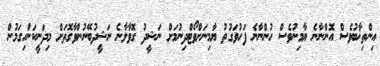
އިންތިޚާބުވެސް އޮންނާނެ ޔާމިނުވެސް ހުންނާނެ ފަހުވަގުތު ޔާމިނަށްވޯޓްދިނުމަށް ނަޝީދު ގޮވާލާނެ ނަޝީދުބޭނުންވާގޮތަށް މިދަނީކަންހިގަމުން